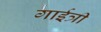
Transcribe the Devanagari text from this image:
गाईत्री